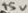
Text: +5V